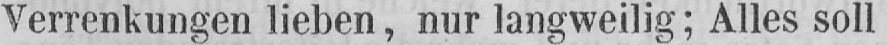
Verrenkungen lieben, nur langweilig; Alles soll